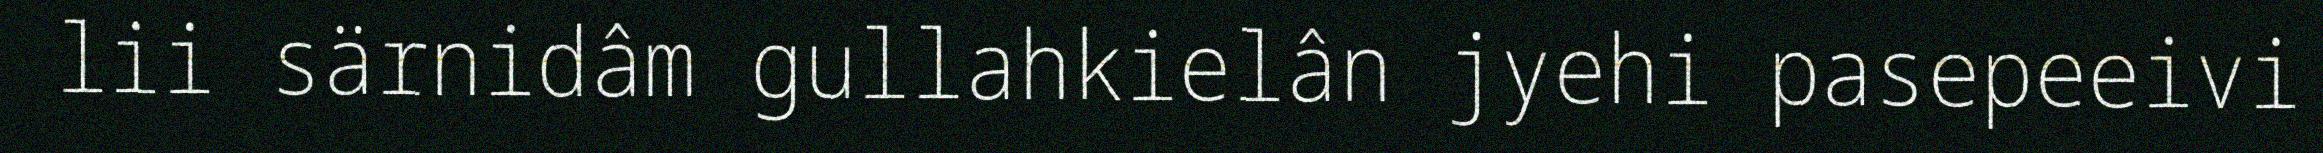
lii särnidâm gullahkielân jyehi pasepeeivi